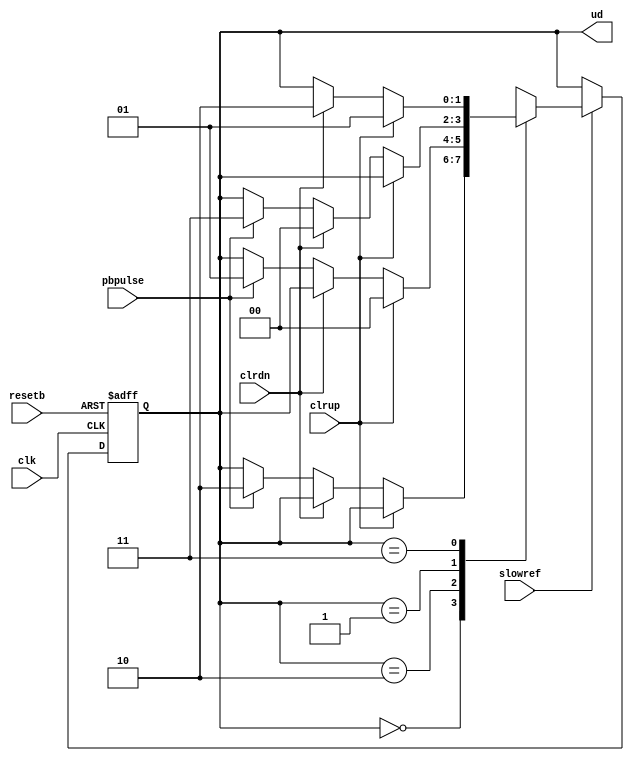
module level2_led(
    input            clk, resetb, slowref,
    input            pbpulse,
    input            clrup,clrdn,          // From lift
    output reg [1:0] ud                   // MSB-> UP, LSB-> DOWN
);

reg [1:0] nxtud;    // wire-reg

parameter INIT = 2'b00,                // Both led OFF
          UP = 2'b10, DN = 2'b01,      // Up or Down led ON
          UD = 2'b11;                  // Both up and down led are ON

always @(posedge clk or negedge resetb)
    if (!resetb) ud <= INIT;
    else ud <= nxtud;
    
always @(*)
    if (slowref) begin
        case (ud)
            INIT : if (clrup) nxtud = ud;
                   else if (clrdn) nxtud = ud;
                   else if (pbpulse) nxtud = UP;
                   else nxtud = ud;
            UP   : if (clrup) nxtud = INIT;
                   else if (clrdn) nxtud = ud;
                   else if (pbpulse) nxtud = DN;
                   else nxtud = ud;
            DN   : if (clrup) nxtud = ud;
                   else if (clrdn) nxtud = INIT;
                   else if (pbpulse) nxtud = UD;
                   else nxtud = ud;
            UD   : if (clrup) nxtud = DN;
                   else if (clrdn) nxtud = UP;
                   else if (pbpulse) nxtud = ud;
                   else nxtud = ud;

            default : nxtud = INIT;
        endcase
    end else nxtud = ud;
endmodule